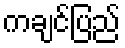
ကချင်ပြည်